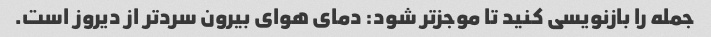
جمله را بازنویسی کنید تا موجزتر شود: دمای هوای بیرون سردتر از دیروز است.